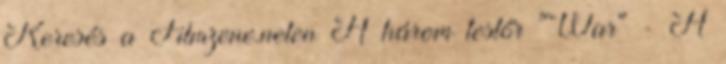
Keresés a Filmzene.neten A három testőr "War" - A